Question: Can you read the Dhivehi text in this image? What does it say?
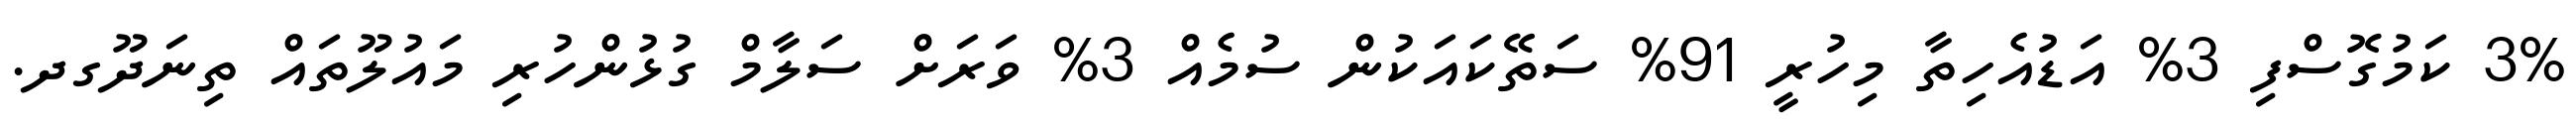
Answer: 3% ކަމުގޮސްފި 3% އަޑުއެހިތާ މިހުރީ 91% ސަތޭކައަކުން ސުމެއް 3% ވަރަށް ސަލާމް ގުޅުންހުރި މައުލޫތައް ތިނަދޫގދ.